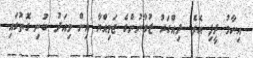
އިނާމު ދީފި އެވެ. ދިއްގަރު ޒުވާނުންގެ ޖަމިއްޔާ އިން މިއަދު ބުނި ގޮތުގައި